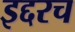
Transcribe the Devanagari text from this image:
इद्दरच